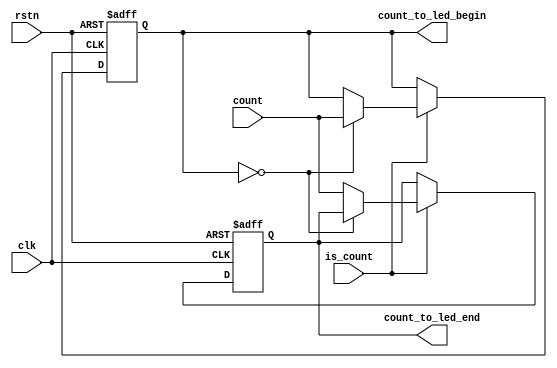
`timescale 1ns / 1ps
//////////////////////////////////////////////////////////////////////////////////
// Company: 
// Engineer: 
// 
// Design Name: 
// Module Name: Counter
// Project Name: 
// Target Devices: 
// Tool Versions: 
// Description: 
// 
// Dependencies: 
// 
// Revision:
// Revision 0.01 - File Created
// Additional Comments:
// 
//////////////////////////////////////////////////////////////////////////////////


module Counter(
    input clk,
    input rstn,
    input [31: 0] count,
    input is_count,
    output reg [31: 0] count_to_led_begin,
    output reg [31: 0] count_to_led_end
    ); 
    always @(posedge clk, negedge rstn) begin
        if(!rstn) begin
            count_to_led_begin <= 32'h0;
            count_to_led_end <= 32'b0;
        end
        else if(is_count) begin
            if(count_to_led_begin == 32'b0) begin
                count_to_led_begin <= count;
            end
            else begin
                count_to_led_end <= count;
            end
        end
    end

endmodule